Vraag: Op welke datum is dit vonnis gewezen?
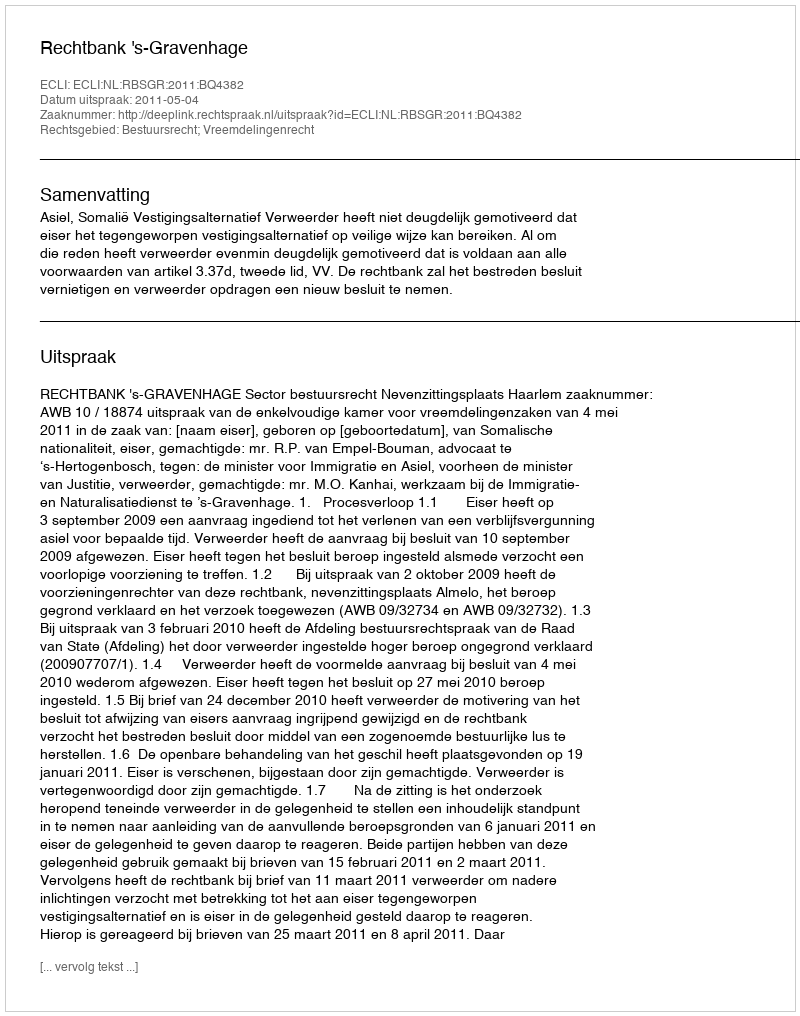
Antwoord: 2011-05-04